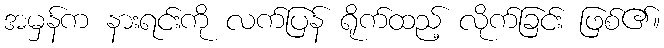
အမှန်က နားရင်းကို လက်ပြန် ရိုက်ထည့် လိုက်ခြင်း ဖြစ်၏။